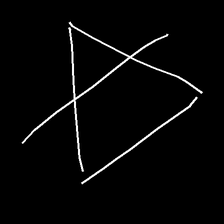
Glyph: empower